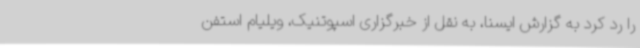
را رد کرد به گزارش ایسنا، به نقل از خبرگزاری اسپوتنیک، ویلیام استفن